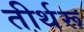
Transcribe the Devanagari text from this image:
तीर्थरू